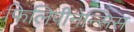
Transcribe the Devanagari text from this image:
फिलिपीनेन्सिस